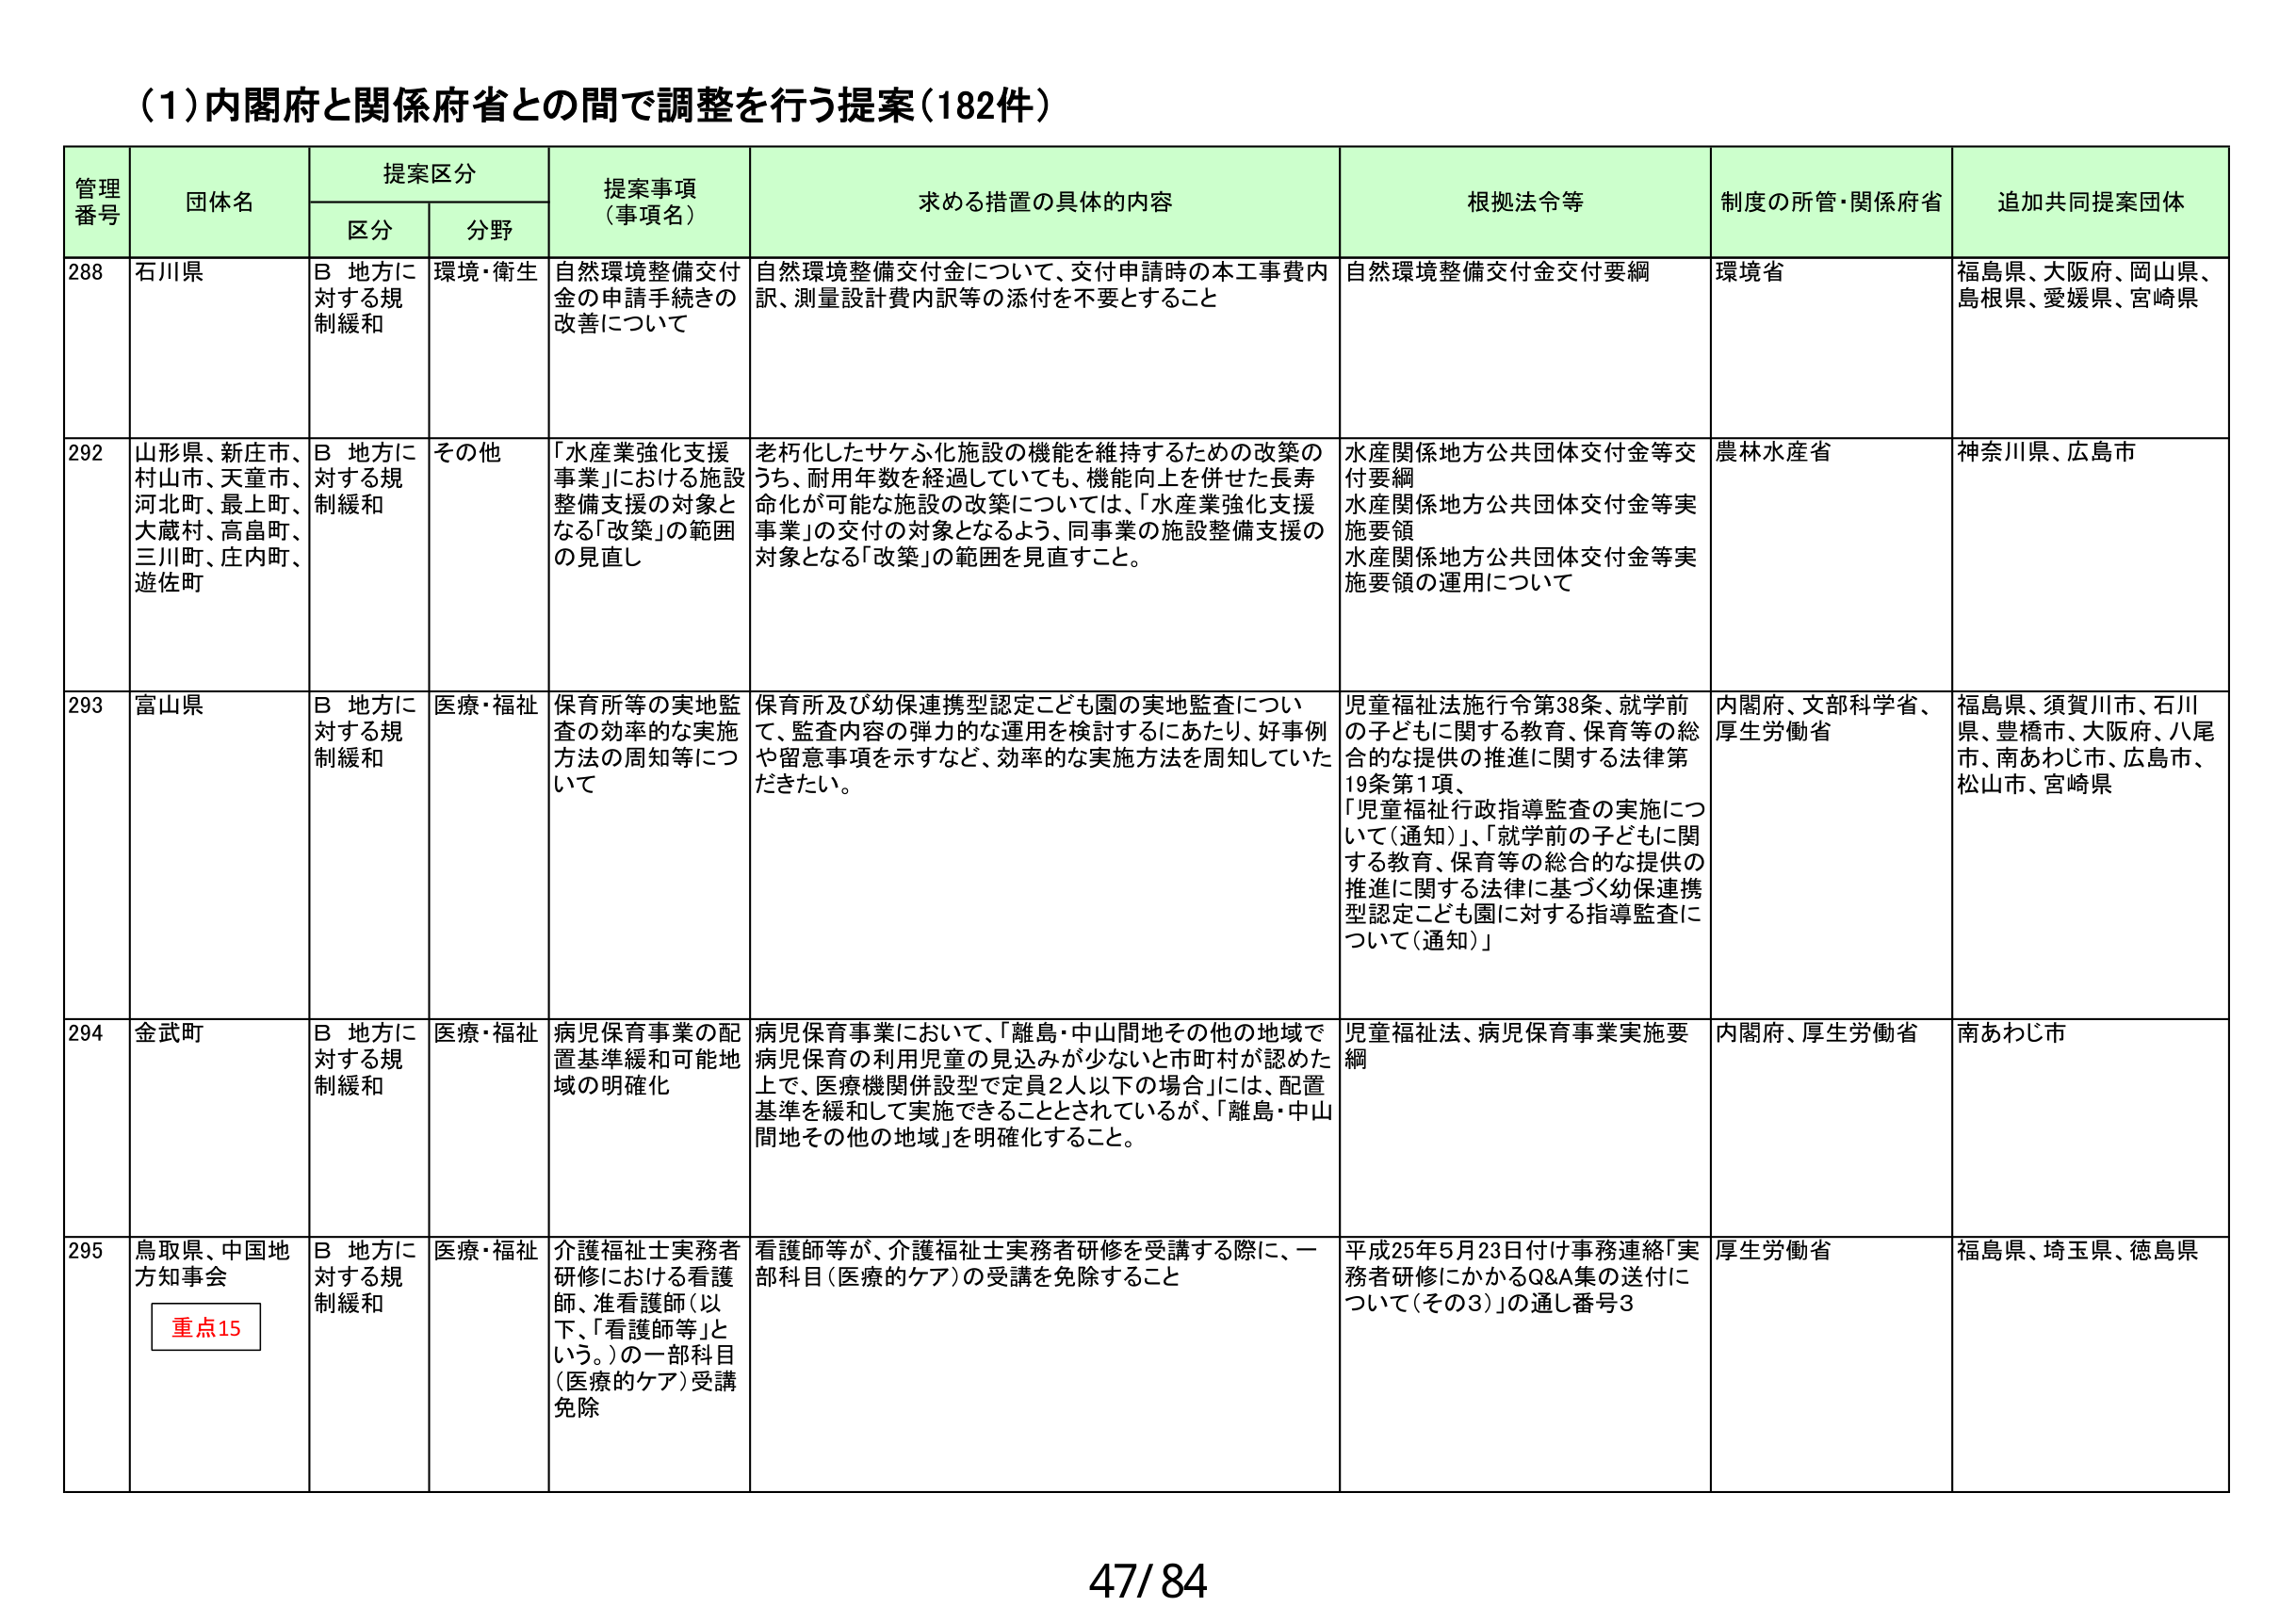
(1)内閣府と関係府省との間で調整を行う提案(182件)

管理番号	団体名	提案区分	提案事項(事項名)	求める措置の具体的内容	根拠法令等	制度の所管・関係府省	追加共同提案団体
		区分	分野
288	石川県	B 地方に対する規制緩和	環境・衛生	自然環境整備交付金の申請手続きの改善について	自然環境整備交付金について、交付申請時の本工事費内訳、測量設計費内訳等の添付を不要とすること	自然環境整備交付金交付要綱	環境省	福島県、大阪府、岡山県、島根県、愛媛県、宮崎県
292	山形県、新庄市、村山市、天童市、河北町、最上町、大蔵村、高畠町、三川町、庄内町、遊佐町	B 地方に対する規制緩和	その他	「水産業強化支援事業」における施設整備支援の対象となる「改築」の範囲の見直し	老朽化したサケふ化施設の機能を維持するための改築のうち、耐用年数を経過していても、機能向上を併せた長寿命化が可能な施設の改築については、「水産業強化支援事業」の交付の対象となるよう、同事業の施設整備支援の対象となる「改築」の範囲を見直すこと。	水産関係地方公共団体交付金等交付要綱
水産関係地方公共団体交付金等実施要領
水産関係地方公共団体交付金等実施要領の運用について	農林水産省	神奈川県、広島市
293	富山県	B 地方に対する規制緩和	医療・福祉	保育所等の実地監査の効率的な実施方法の周知等について	保育所及び幼保連携型認定こども園の実地監査について、監査内容の弾力的な運用を検討するにあたり、好事例や留意事項を示すなど、効率的な実施方法を周知していただきたい。	児童福祉法施行令第38条、就学前の子どもに関する教育、保育等の総合的な提供の推進に関する法律第19条第1項、「児童福祉行政指導監査の実施について(通知)」、「就学前の子どもに関する教育、保育等の総合的な提供の推進に関する法律に基づく幼保連携型認定こども園に対する指導監査について(通知)」	内閣府、文部科学省、厚生労働省	福島県、須賀川市、石川県、豊橋市、大阪府、八尾市、南あわじ市、広島市、松山市、宮崎県
294	金武町	B 地方に対する規制緩和	医療・福祉	病児保育事業の配置基準緩和可能地域の明確化	病児保育事業において、「離島・中山間地その他の地域で病児保育の利用児童の見込みが少ない」と市町村が認めた上で、医療機関併設型で定員2人以下の場合」には、配置基準を緩和して実施できることとされているが、「離島・中山間地その他の地域」を明確化すること。	児童福祉法、病児保育事業実施要綱	内閣府、厚生労働省	南あわじ市
295	鳥取県、中国地方知事会	重点15	B 地方に対する規制緩和	医療・福祉	介護福祉士実務者研修における看護師、准看護師(以下、「看護師等」という。)の一部科目(医療的ケア)受講免除	看護師等が、介護福祉士実務者研修を受講する際に、一部科目(医療的ケア)の受講を免除すること	平成25年5月23日付け事務連絡「実務者研修にかかるQ&A集の送付について(その3)」の通し番号3	厚生労働省	福島県、埼玉県、徳島県

47/84